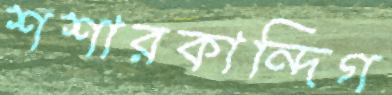
শশারকান্দিগ